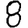
Digit: 8